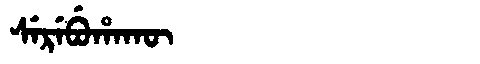
Manchu: ᠰᡝᡵᡝᠪᡠᡥᠠᡴᡡ
Romanization: SEREBUHAKŪ